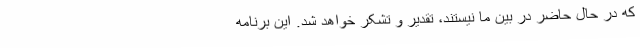
که در حال حاضر در بین ما نیستند، تقدیر و تشکر خواهد شد. این برنامه